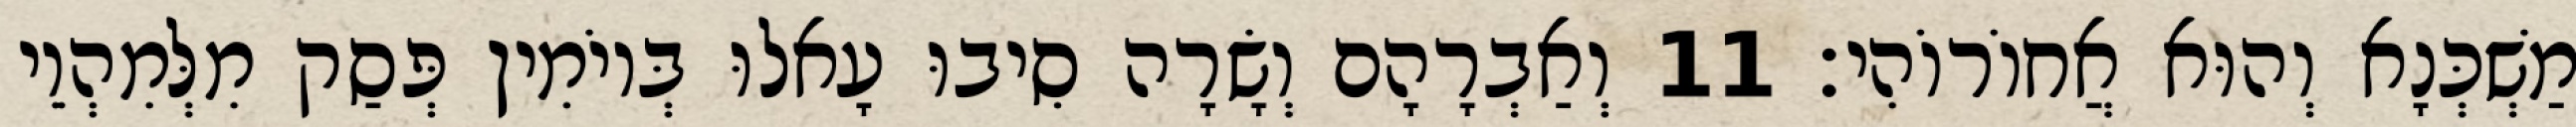
מַשְׁכְּנָא וְהוּא אֲחוֹרוֹהִי׃ 11 וְאַבְרָהָם וְשָׂרָה סִיבוּ עָאלוּ בְּיוֹמִין פְּסַק מִלְּמִהְוֵי